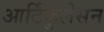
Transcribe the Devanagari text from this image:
आर्टिकुलेसन